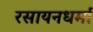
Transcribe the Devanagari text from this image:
रसायनधर्मा